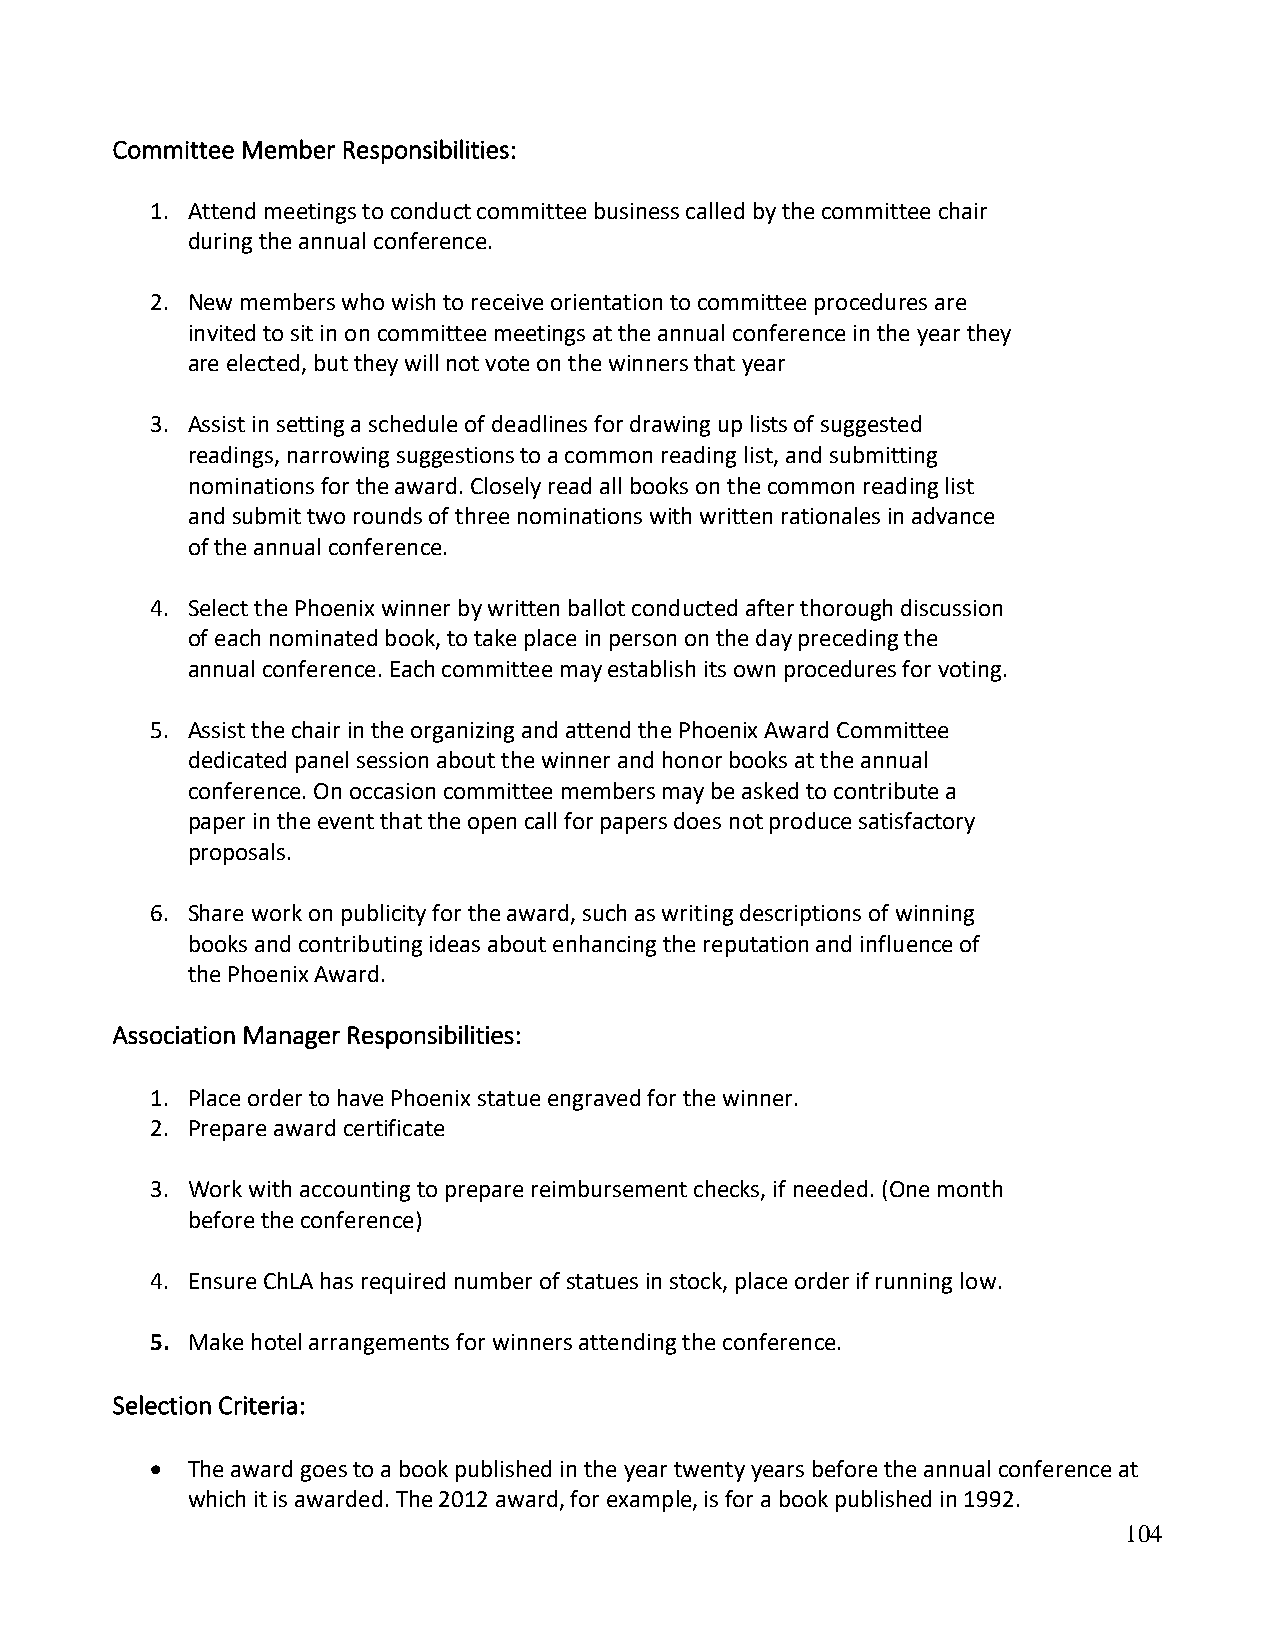
Committee Member Responsibilities:
 1. Attend meetings to conduct committee business called by the committee chair
 during the annual conference.
 2. New members who wish to receive orientation to committee procedures are
 invited to sit in on committee meetings at the annual conference in the year they
 are elected, but they will not vote on the winners that year
 3. Assist in setting a schedule of deadlines for drawing up lists of suggested
 readings, narrowing suggestions to a common reading list, and submitting
 nominations for the award. Closely read all books on the common reading list
 and submit two rounds of three nominations with written rationales in advance
 of the annual conference.
 4. Select the Phoenix winner by written ballot conducted after thorough discussion
 of each nominated book, to take place in person on the day preceding the
 annual conference. Each committee may establish its own procedures for voting.
 5. Assist the chair in the organizing and attend the Phoenix Award Committee
 dedicated panel session about the winner and honor books at the annual
 conference. On occasion committee members may be asked to contribute a
 paper in the event that the open call for papers does not produce satisfactory
 proposals.
 6. Share work on publicity for the award, such as writing descriptions of winning
 books and contributing ideas about enhancing the reputation and influence of
 the Phoenix Award.
 Association Manager Responsibilities:
 1. Place order to have Phoenix statue engraved for the winner.
 2. Prepare award certificate
 3. Work with accounting to prepare reimbursement checks, if needed. (One month
 before the conference)
 4. Ensure ChLA has required number of statues in stock, place order if running low.
 5. Make hotel arrangements for winners attending the conference.
 Selection Criteria:
 • The award goes to a book published in the year twenty years before the annual conference at
 which it is awarded. The 2012 award, for example, is for a book published in 1992.
 104